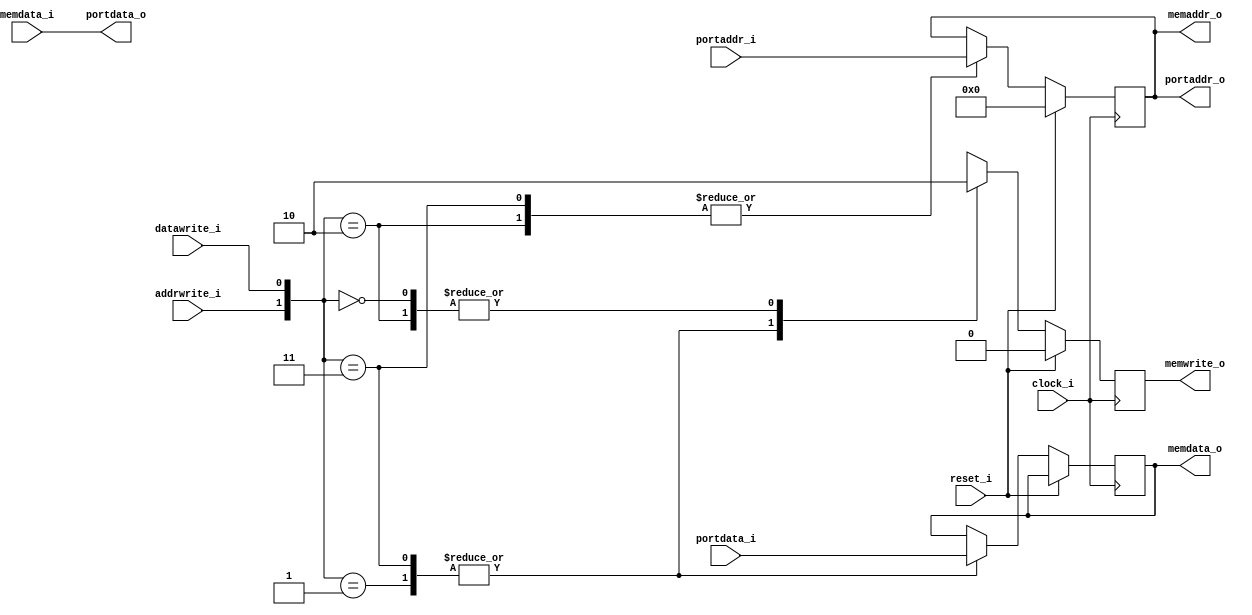
/***************************************************************************
 *                                                                         *
 *   portmap.v - Port-maps a memory-mapped interface.                      *
 *                                                                         *
 *   Copyright (C) 2007 by Patrick Suggate                                 *
 *   patrick@physics.otago.ac.nz                                           *
 *                                                                         *
 *   This program is free software; you can redistribute it and/or modify  *
 *   it under the terms of the GNU General Public License as published by  *
 *   the Free Software Foundation; either version 2 of the License, or     *
 *   (at your option) any later version.                                   *
 *                                                                         *
 *   This program is distributed in the hope that it will be useful,       *
 *   but WITHOUT ANY WARRANTY; without even the implied warranty of        *
 *   MERCHANTABILITY or FITNESS FOR A PARTICULAR PURPOSE.  See the         *
 *   GNU General Public License for more details.                          *
 *                                                                         *
 *   You should have received a copy of the GNU General Public License     *
 *   along with this program; if not, write to the                         *
 *   Free Software Foundation, Inc.,                                       *
 *   59 Temple Place - Suite 330, Boston, MA  02111-1307, USA.             *
 ***************************************************************************/

module portmap (
		clock_i,
		reset_i,
		
		addrwrite_i,
		datawrite_i,
		portaddr_i,
		portdata_i,
		portaddr_o,
		portdata_o,
		
		memwrite_o,
		memaddr_o,
		memdata_i,
		memdata_o
	);
	
	// 16 port-mapped registers by default.
	parameter	ADDR_BITS	= 4;
	
	input	clock_i;
	input	reset_i;
	
	// I/O port interface to outside world.
	input	addrwrite_i;
	input	datawrite_i;
	input	[ADDR_BITS-1:0]	portaddr_i;
	input	[7:0]		portdata_i;
	output	[ADDR_BITS-1:0]	portaddr_o;
	output	[7:0]		portdata_o;
	
	// Talk to the memory mapped registers.
	output	memwrite_o;
	output	[ADDR_BITS-1:0]	memaddr_o;
	input	[7:0]		memdata_i;
	output	[7:0]		memdata_o;
	
	
	// Registers for talking to memory-mapped I/O
	reg	memwrite_o	= 0;
	reg	[7:0]	memdata_o;
	
	
	// I/O port index (address) register.
	reg	[ADDR_BITS-1:0]	index	= 0;
	
	
	always @(posedge clock_i)
	begin
		if (reset_i)
		begin
			memwrite_o	<= 0;
			index		<= 0;
		end
		else
		begin
			case ({addrwrite_i, datawrite_i})
			
			// Write to the port address register only.
			2'b10: begin
				memwrite_o	<= 0;
				index		<= portaddr_i;
			end
			
			// Simultaneous write to both address and data ports.
			2'b11: begin
				memwrite_o	<= 1;
				index		<= portaddr_i;
				memdata_o	<= portdata_i;
			end
			
			// Write only to the data port.
			2'b01: begin
				memwrite_o	<= 1;
				memdata_o	<= portdata_i;
			end
			
			// Default action is a read of the address and data port.
			2'b00: begin
				memwrite_o	<= 0;
			end
			
			endcase
		end
	end
	
	
	//assign	memaddr_o	= (portsel_i & addrwrite_i) ? portaddr_i : index;
	assign	memaddr_o	= index;
	assign	portaddr_o	= index;
	assign	portdata_o	= memdata_i;
	
	
endmodule	// portmap